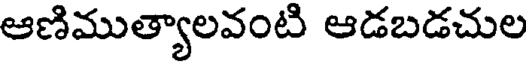
ఆణిముత్యాలవంటి ఆడబడచుల